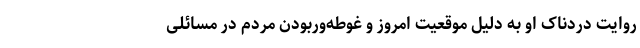
روایت دردناک او به دلیل موقعیت امروز و غوطه‌وربودن مردم در مسائلی